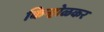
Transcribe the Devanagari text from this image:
किन्होळकर